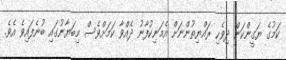
ކަމުގެ ޔަގީންކަން ދިވެހި ރައްޔިތުންނަށް އެމަނިކުފާނު ދެއްވާ ކަމަށްވެސް މިބަޔާނުގައި ބުނެފައިވެ އެވެ.